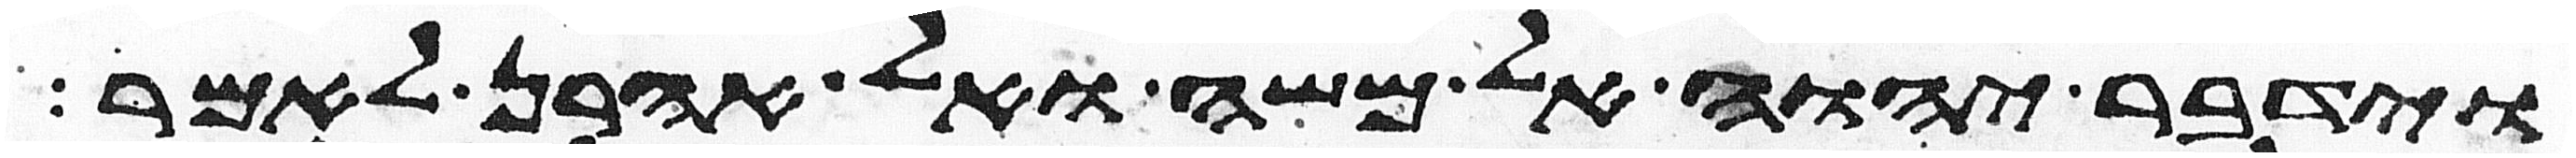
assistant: וידבר יהוה אל משה ואל אהרן לאמר